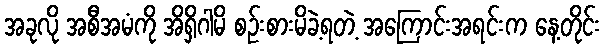
အခုလို အစီအမံကို အိရှိဂါမိ စဉ်းစားမိခဲ့ရတဲ့ အကြောင်းအရင်းက နေ့တိုင်း